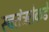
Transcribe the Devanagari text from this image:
स्वतंत्रतेकडे